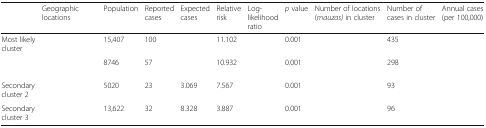
<table><thead><tr><td>[EMPTY_CELL]</td><td><b>Geographic locations</b></td><td><b>Population</b></td><td><b>Reported cases</b></td><td><b>Expected cases</b></td><td><b>Relative risk</b></td><td><b>Log-likelihood ratio</b></td><td><b><i>p</i> value</b></td><td><b>Number of locations (<i>mauzas)</i> in cluster</b></td><td><b>Number of cases in cluster</b></td><td><b>Annual cases (per 100,000)</b></td></tr></thead><tbody><tr><td>Most likely cluster</td><td>[EMPTY_CELL]</td><td>15,407</td><td>100</td><td>[EMPTY_CELL]</td><td>11.102</td><td>[EMPTY_CELL]</td><td>0.001</td><td>[EMPTY_CELL]</td><td>435</td><td>[EMPTY_CELL]</td></tr><tr><td>[EMPTY_CELL]</td><td>[EMPTY_CELL]</td><td>8746</td><td>57</td><td>[EMPTY_CELL]</td><td>10.932</td><td>[EMPTY_CELL]</td><td>0.001</td><td>[EMPTY_CELL]</td><td>298</td><td>[EMPTY_CELL]</td></tr><tr><td>Secondary cluster 2</td><td>[EMPTY_CELL]</td><td>5020</td><td>23</td><td>3.069</td><td>7.567</td><td>[EMPTY_CELL]</td><td>0.001</td><td>[EMPTY_CELL]</td><td>93</td><td>[EMPTY_CELL]</td></tr><tr><td>Secondary cluster 3</td><td>[EMPTY_CELL]</td><td>13,622</td><td>32</td><td>8.328</td><td>3.887</td><td>[EMPTY_CELL]</td><td>0.001</td><td>[EMPTY_CELL]</td><td>96</td><td>[EMPTY_CELL]</td></tr></tbody></table>